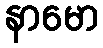
နာမော